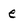
Character: e